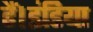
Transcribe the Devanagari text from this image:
हैं।इंडिया